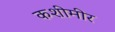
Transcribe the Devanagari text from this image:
कशीमीर